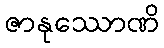
ဇာနုဿောဏိ